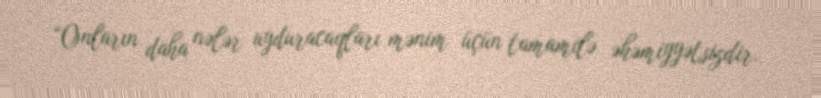
“Onların daha nələr uyduracaqları mənim üçün tamamilə əhəmiyyətsizdir.